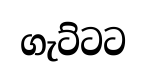
ගැට්ටට